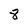
Character: 8